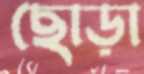
ছোড়া